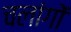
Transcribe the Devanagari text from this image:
चलांगों